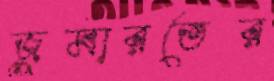
জুমারতের